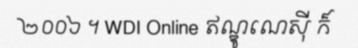
២០០៦ ។ WDI Online ឥណ្ឌូណេស៊ី ក៏